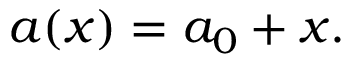
a ( x ) = a _ { 0 } + x . \,